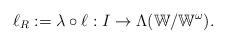
LaTeX: \begin{align*}\ell_R:=\lambda\circ\ell:I\rightarrow\Lambda(\mathbb{W}/\mathbb{W}^\omega).\end{align*}